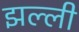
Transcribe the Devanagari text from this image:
झल्ली